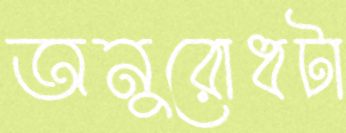
অনুরোধটা